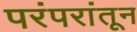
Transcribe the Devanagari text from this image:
परंपरांतून